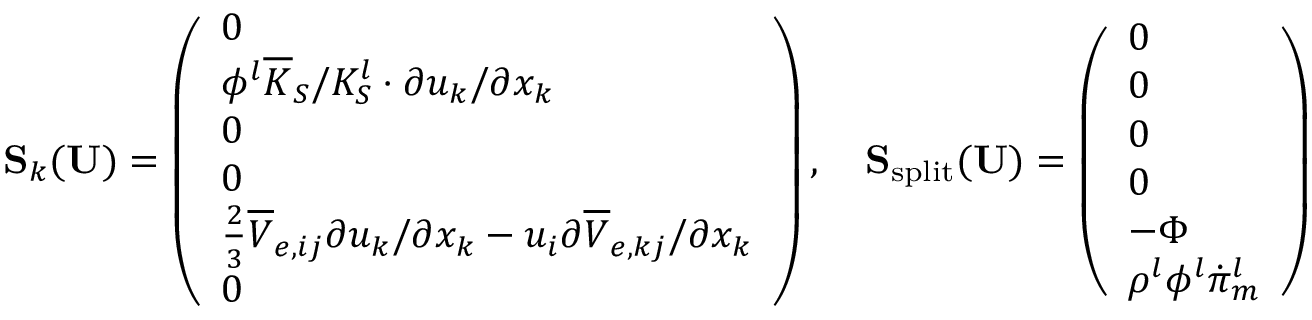
\mathbf { S } _ { k } ( \mathbf { U } ) = \left( \begin{array} { l } { 0 } \\ { \phi ^ { l } \overline { { K } } _ { S } / K _ { S } ^ { l } \cdot \partial u _ { k } / \partial x _ { k } } \\ { 0 } \\ { 0 } \\ { \frac { 2 } { 3 } \overline { { V } } _ { e , i j } \partial u _ { k } / \partial x _ { k } - u _ { i } \partial \overline { { V } } _ { e , k j } / \partial x _ { k } } \\ { 0 } \end{array} \right) , \quad \mathbf { S } _ { \mathrm { s p l i t } } ( \mathbf { U } ) = \left( \begin{array} { l } { 0 } \\ { 0 } \\ { 0 } \\ { 0 } \\ { - \boldsymbol \Phi } \\ { \rho ^ { l } \phi ^ { l } \dot { \pi } _ { m } ^ { l } } \end{array} \right)